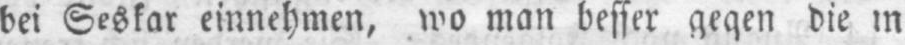
bei Seskar einnehmen, wo man besser gegen die in